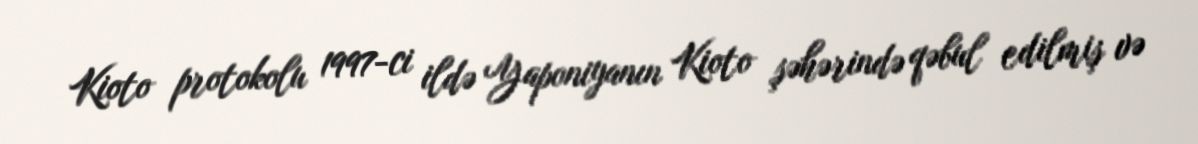
Kioto protokolu 1997-ci ildə Yaponiyanın Kioto şəhərində qəbul edilmiş və